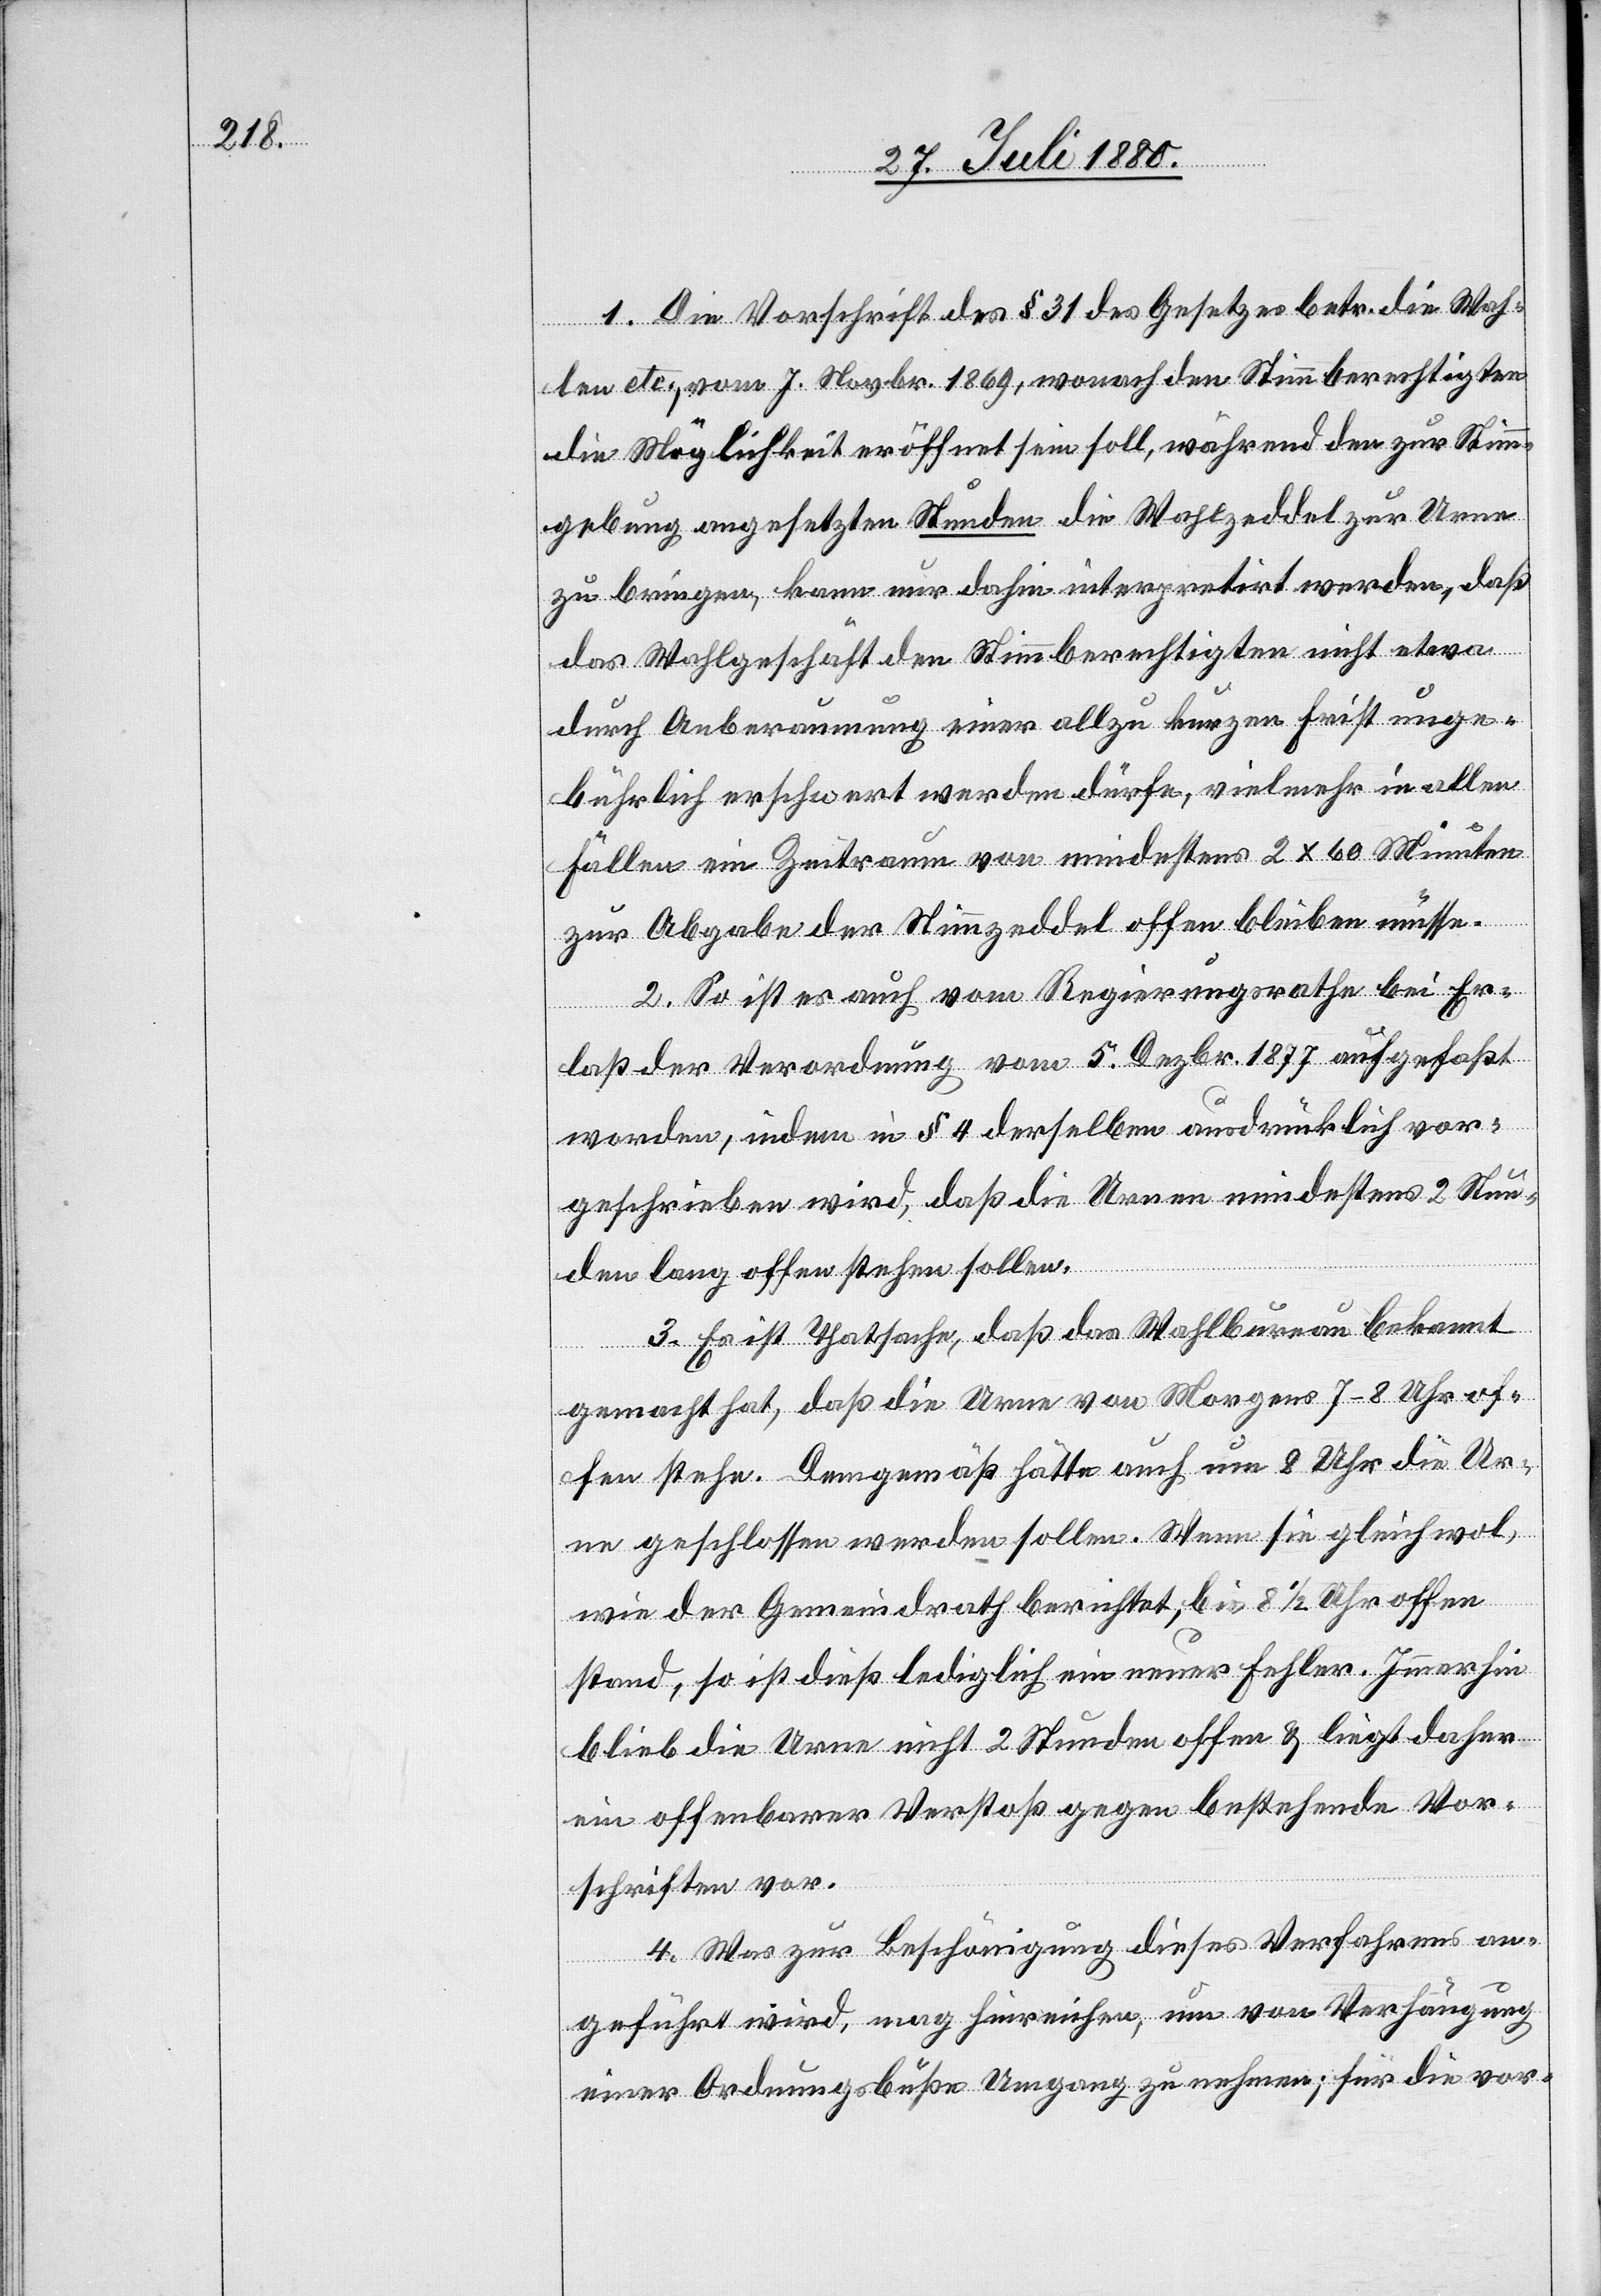
1. Die Vorschrift des § 31 des Gesetzes betr. die Wah¬
len etc., vom 7. Novbr. 1869, wonach den Stimmberechtigen
die Möglichkeit eröffnet sein soll, während den zur Stimm¬
gebung angesetzten Stunden die Wahlzeddel zur Urne
zu bringen, kann nur dahin interpretirt werden, daß
das Wahlgeschäft den Stimmberechtigten nicht etwa
durch Anberaumung einer allzu kurzen Frist unge¬
bührlich erschwert werden dürfe, vielmehr in allen
Fällen ein Zeitraum von mindesten 2 x 60 Minuten
zur Abgabe der Stimmzeddel offen bleiben müsse.
2. So ist es auch vom Regierungsrathe bei Er¬
laß der Verordnung vom 5. Dezbr. 1877 aufgefaßt
worden, indem in § 4 derselben ausdrücklich vor¬
geschrieben wird, daß die Urnen mindestens 2 Stun¬
den lang offenstehen sollen.
3. Es ist Thatsache, daß das Wahlbureau bekannt
gemacht hat, daß die Urne von Morgens 7–8 Uhr of¬
fen stehe. Demgemäß hätte auch um 8 Uhr die Ur¬
ne geschlossen werden sollen. Wenn sie gleichwol,
wie der Gemeindrath berichtet, bis 8 1/2 Uhr offen
stand, so ist dieß lediglich ein neuer Fehler. Immerhin
blieb die Urne nicht 2 Stunden offen & liegt daher
ein offenbarer Verstoß gegen bestehende Vor¬
schriften vor.
4. Was zur Beschönigung dieses Verfahrens an¬
geführt wird, mag hinreichen, um von Verhängung
einer Ordnungsbuße Umgang zu nehmen; für die vor-